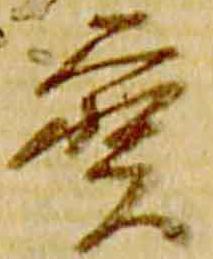
宝